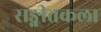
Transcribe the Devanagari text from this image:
सङ्गीतकला